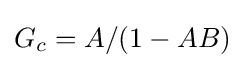
G_{c}=A/(1-AB)